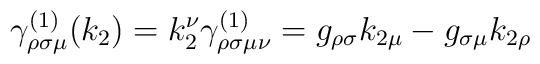
\gamma _{\rho \sigma \mu }^{(1)}(k_2)=k_2^\nu \gamma _{\rho \sigma \mu \nu}^{(1)}=g_{\rho \sigma }k_{2\mu }-g_{\sigma \mu }k_{2\rho }